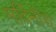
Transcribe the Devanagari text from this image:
मर्दिनीचे